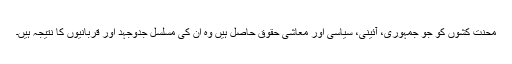
محنت کشوں کو جو جمہوری، آئینی، سیاسی اور معاشی حقوق حاصل ہیں وہ ان کی مسلسل جدوجہد اور قربانیوں کا نتیجہ ہیں۔